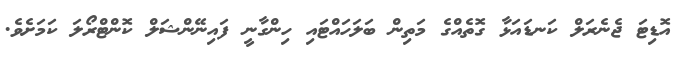
އޮޑިޓަ ޖެނެރަލް ކަނޑައަޅާ ގޮތެއްގެ މަތިން ބަލަހައްޓައި ހިންގާނީ ފައިނޭންޝަލް ކޮންޓްރޯލަ ކަމަށެވެ.